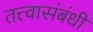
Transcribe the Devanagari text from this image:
तत्त्वासंबंधी